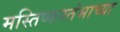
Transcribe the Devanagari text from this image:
मस्तिष्कस्तंभाच्या